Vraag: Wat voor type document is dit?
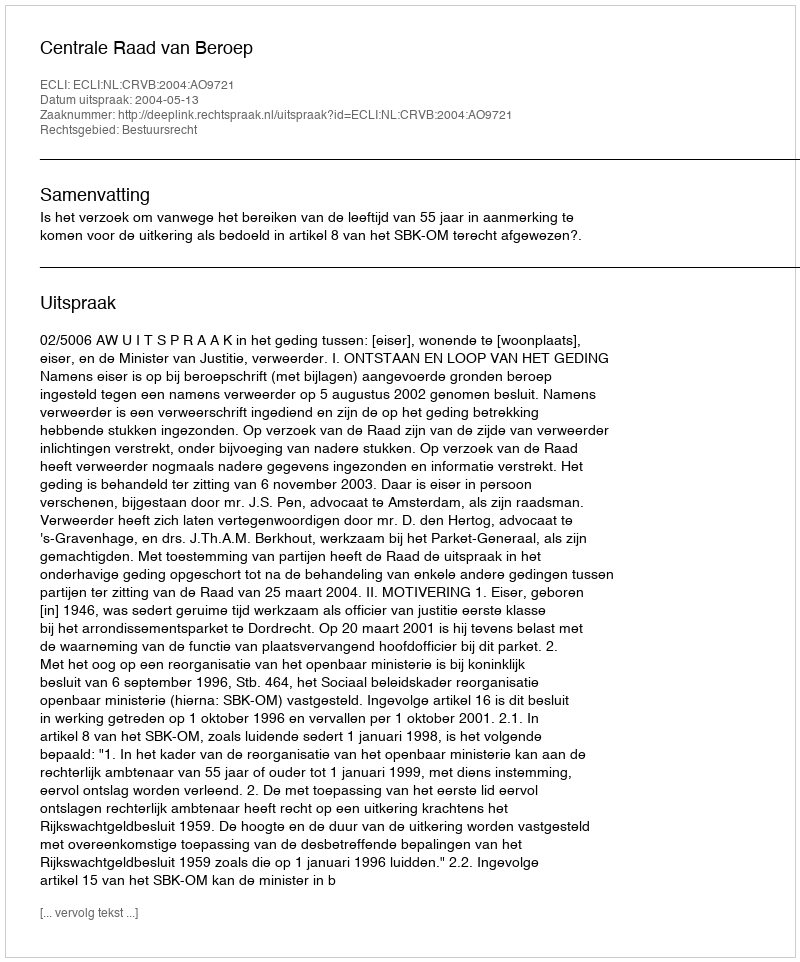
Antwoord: Uitspraak